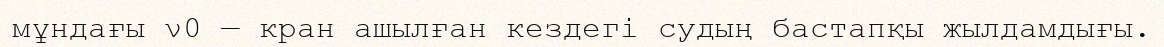
мұндағы ν0 — кран ашылған кездегі судың бастапқы жылдамдығы.